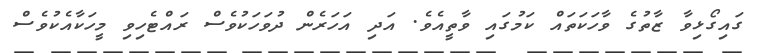
ގައިގޯޅިވާ ޒާތުގެ ވާހަކަތައް ކަމުގައި ވާތީއެވެ. އަދި އަހަރެން ދުވަހަކުވެސް ރައްޓެހިވި މީހަކާއެކުވެސް